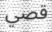
قصي